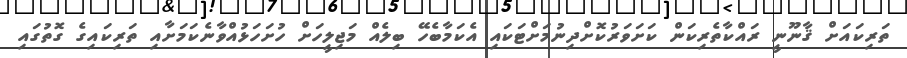
ތަރިކައަށް ޤާނޫނީ ރައްކާތެރިކަން ކަށަވަރުކޮށްދިނުމަށްޓަކައި އެކަމާބެހޭ ބިލެއް މަޖިލީހަށް ހުށަހަޅުއްވާނެކަމަށާއި ތަރިކައިގެ ގޮތުގައި